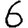
Digit: 6